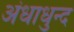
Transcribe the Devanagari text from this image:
अंधाधुन्द